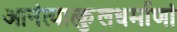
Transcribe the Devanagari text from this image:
आनंत्यात्कुलधर्माणां